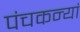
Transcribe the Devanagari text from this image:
पंचकन्यां